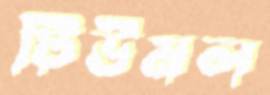
টিউমল